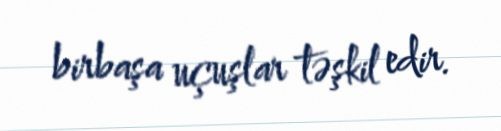
birbaşa uçuşlar təşkil edir.